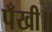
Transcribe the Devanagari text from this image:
पँखी॥